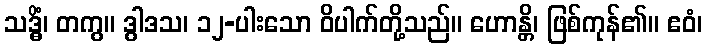
သဒ္ဓိံ၊ တကွ။ ဒွါဒသ၊ ၁၂-ပါးသော ဝိပါက်တို့သည်။ ဟောန္တိ၊ ဖြစ်ကုန်၏။ ဧဝံ၊